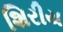
શિરીય